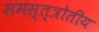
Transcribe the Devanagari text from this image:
समस्त्त्रोतीय